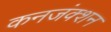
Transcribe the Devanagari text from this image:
कनजंक्शन